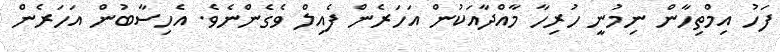
ފަހު އިމްތިހާން ނިމުނީ ހުރިހާ މާއްދާއަކުން އަހަރެން ފެއިލް ވެގެންނެވެ. އެހިސާބުން އަހަރެން